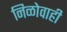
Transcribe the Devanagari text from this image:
निळोवाही